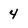
Character: 4